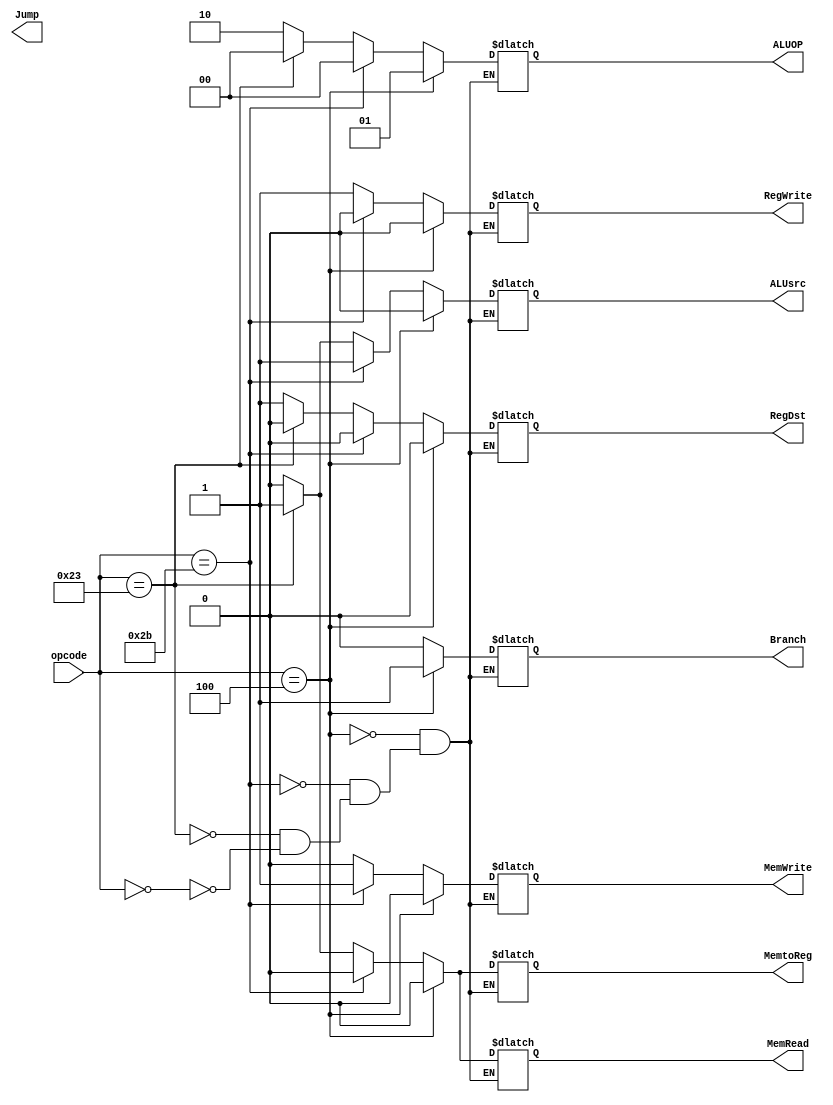
module Control(input [5:0] opcode,output RegDst, output Branch, output MemRead, output Jump, output MemWrite, output ALUsrc,output RegWrite, output [1:0]ALUOP,output MemtoReg);


reg RegDst,Branch,MemRead,MemtoReg, MemWrite,Jump,ALUsrc,RegWrite,Mem;
reg [1:0]ALUOP;


always @(*)
begin

        if(opcode==6'b000000) 
        begin
               RegDst<=1;
               Branch<=0;
               MemRead<=0;
               MemtoReg<=0;
               ALUOP<=2; 
               MemWrite<=0;
               ALUsrc<=0;
               RegWrite<=1; 
             
	
        end

        if(opcode==6'b100011)         //
        begin

	 		 RegDst<=0;
               Branch<=0;
               MemRead<=1;
               MemtoReg<=1;
               ALUOP<=0; 
               MemWrite<=0;
               ALUsrc<=1;
               RegWrite<=1; 
        end

        if(opcode==6'b101011)     //sw
        begin

	 			 RegDst<=0;
               Branch<=0;
               MemRead<=0;
               MemtoReg<=0;
               ALUOP<=0; 
               MemWrite<=1;
               ALUsrc<=1;
               RegWrite<=0; 

        end
        if(opcode==6'b000100)//beq
        begin
			  RegDst<=0;
               Branch<=1;
               MemRead<=0;
               MemtoReg<=0;
               ALUOP<=1; 
               MemWrite<=0;
               ALUsrc<=0;
               RegWrite<=0; 
               
            

        end

end                                                    
endmodule